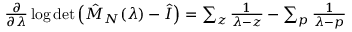
\begin{array} { r } { \frac { \partial } { \partial \lambda } \log \operatorname* { d e t } \left( \hat { M } _ { N } ( \lambda ) - \hat { I } \right) = \sum _ { z } \frac { 1 } { \lambda - z } - \sum _ { p } \frac { 1 } { \lambda - p } } \end{array}